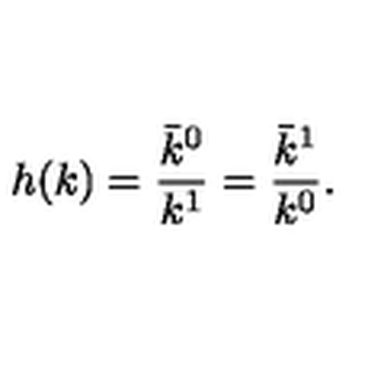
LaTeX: h ( k ) = \frac { \bar { k } ^ { 0 } } { k ^ { 1 } } = \frac { \bar { k } ^ { 1 } } { k ^ { 0 } } .